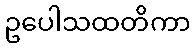
ဥပေါသထတိကာ